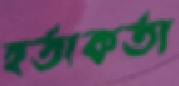
হর্তাকর্তা